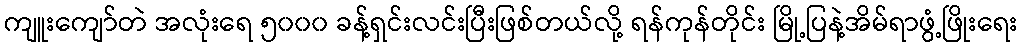
ကျူးကျော်တဲ အလုံးရေ ၅၀၀၀ ခန့်ရှင်းလင်းပြီးဖြစ်တယ်လို့ ရန်ကုန်တိုင်း မြို့ပြနဲ့အိမ်ရာဖွံ့ဖြိုးရေး